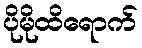
ပိုမိုထိရောက်